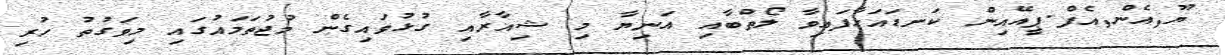
ޔޫ